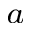
^ { a }